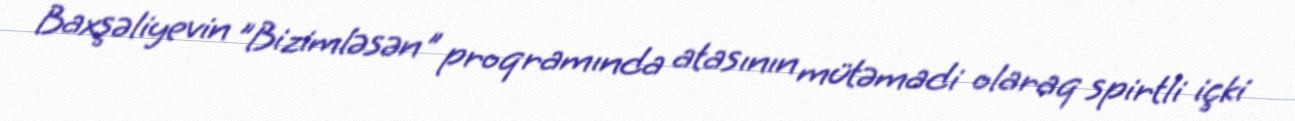
Baxşəliyevin "Bizimləsən" proqramında atasının mütəmadi olaraq spirtli içki